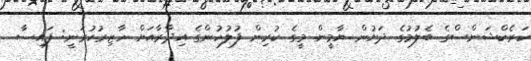
ކަރެކްޝަންސްގެ ބެލުމުގެ ދަށުން ޔާމީން މީގެ ކުރިން ފުލުހުންގެ އިދާރާއަށް ހާޒިރުކުރަނީ: ފައިސާ